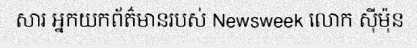
សារ អ្នកយកព័ត៌មានរបស់ Newsweek លោក ស៊ីម៉ុន